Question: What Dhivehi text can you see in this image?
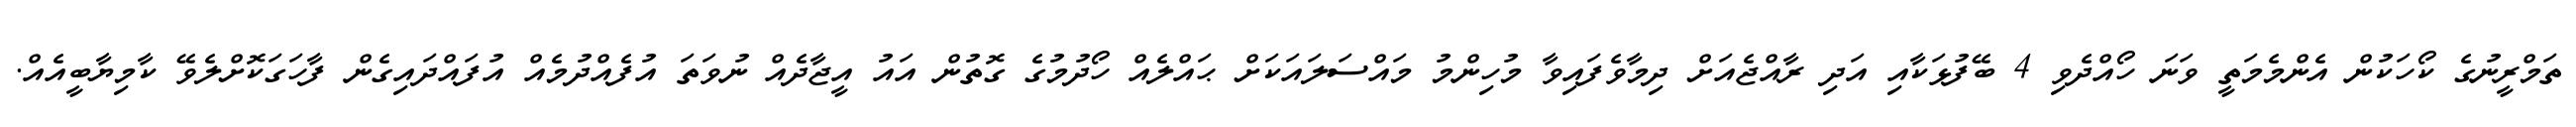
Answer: ތަމްރީނުގެ ކޯހަކުން އެންމެމަތީ ވަނަ ހޯއްދެވި 4 ބޭފުޅަކާއި އަދި ރާއްޖެއަށް ދިމާވެފައިވާ މުހިންމު މައްސަލައަކަށް ޙައްލެއް ހޯދުމުގެ ގޮތުން އައު އީޖާދެއް ނުވަތަ އުފެއްދުމެއް އުފައްދައިގެން ފާހަގަކޮށްލެވޭ ކާމިޔާބީއެއް.